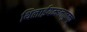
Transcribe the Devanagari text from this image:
थिलाईयम्बलाठुक्कू